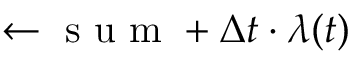
\gets \mathrm { ~ s ~ u ~ m ~ } + \Delta t \cdot \lambda ( t )